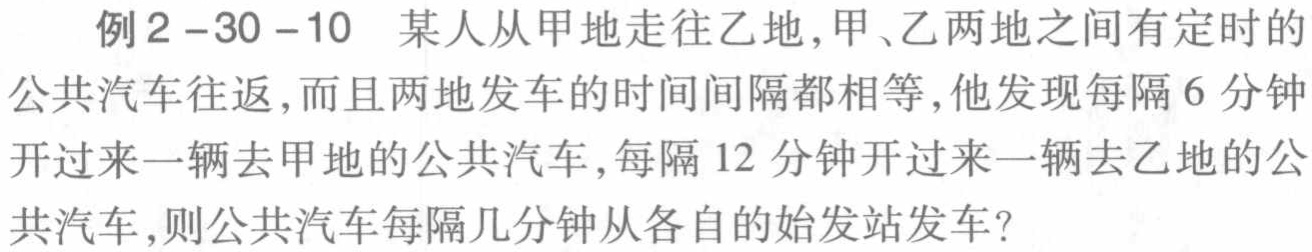
例2 -30 -10 某人从甲地走向乙地,甲、乙两地之间有定时的公共汽车往返,而且两地发车的时间间隔都相等,他发现每隔6分钟开过来一辆去甲地的公共汽车,每隔12分钟开过来一辆去乙地的公共汽车,则公共汽车每隔几分钟从各自的始发站发车?